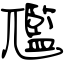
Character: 尶